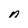
Character: n